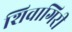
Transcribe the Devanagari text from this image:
शिवागिरी